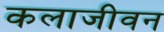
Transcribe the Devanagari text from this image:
कलाजीवन